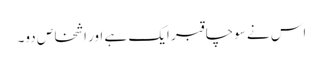
اس نے سوچا قبر ایک ہے اور اشخاص دو۔